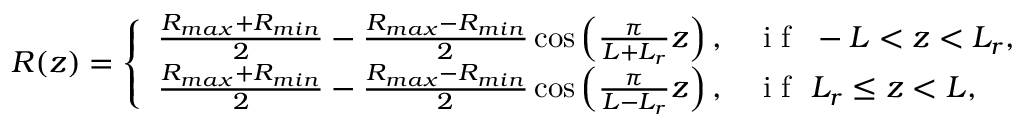
R ( z ) = \left\{ \begin{array} { l l } { \frac { R _ { m a x } + R _ { m i n } } { 2 } - \frac { R _ { m a x } - R _ { m i n } } { 2 } \cos \left( \frac { \pi } { L + L _ { r } } z \right) , } & { \mathrm { ~ i ~ f ~ } \ - L < z < L _ { r } , } \\ { \frac { R _ { m a x } + R _ { m i n } } { 2 } - \frac { R _ { m a x } - R _ { m i n } } { 2 } \cos \left( \frac { \pi } { L - L _ { r } } z \right) , } & { \mathrm { ~ i ~ f ~ } \ L _ { r } \leq z < L , } \end{array} \right.